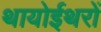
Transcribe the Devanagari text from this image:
थायोईथरों